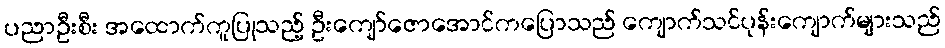
ပညာဦးစီး အထောက်ကူပြုသည့် ဦးကျော်ဇောအောင်ကပြောသည် ကျောက်သင်ပုန်းကျောက်များသည်